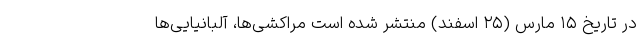
در تاریخ ۱۵ مارس (۲۵ اسفند) منتشر شده است مراکشی‌ها، آلبانیایی‌ها